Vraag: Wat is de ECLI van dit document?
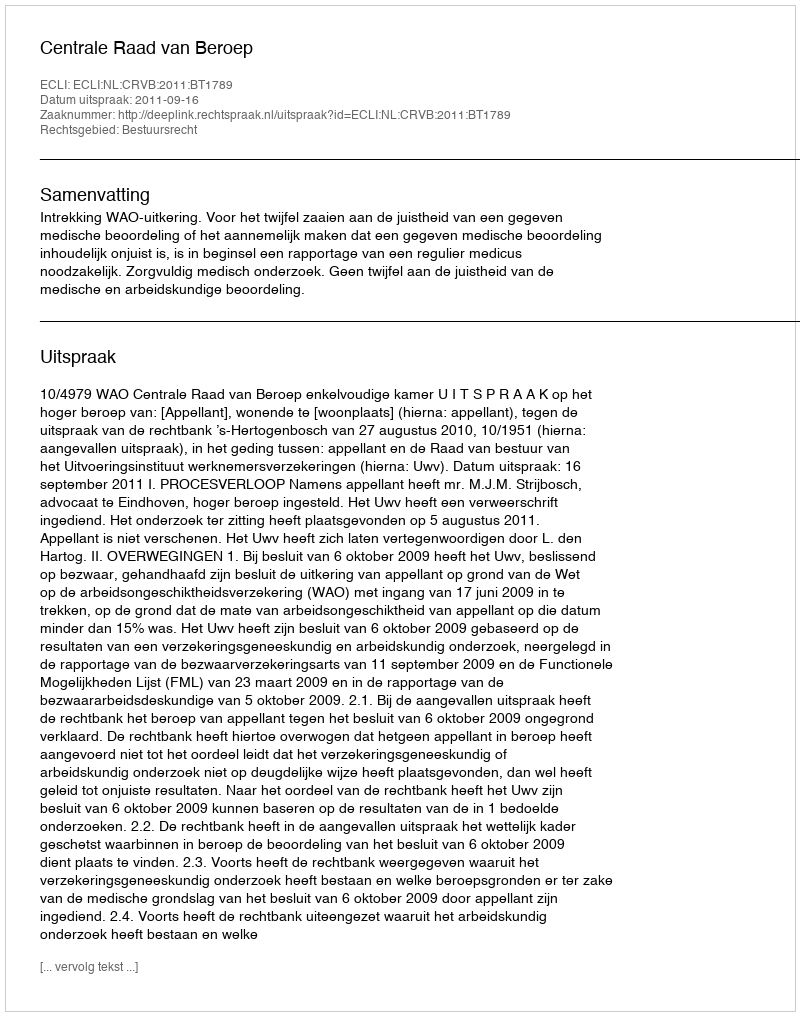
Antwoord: ECLI:NL:CRVB:2011:BT1789